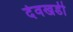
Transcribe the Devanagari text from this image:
देवखडी